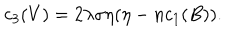
LaTeX: c _ { 3 } ( V ) = 2 \lambda \sigma \eta ( \eta - n c _ { 1 } ( B ) ) .